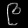
Digit: ၉